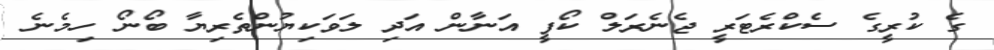
ގެ ކުރީގެ ސެކްރެޓަރީ ޖެނެރަލް ކޯފީ އަނާން އަދި ލަވަކިޔުންތެރިޔާ ބޯނޯ ހިމެނެ